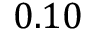
0 . 1 0